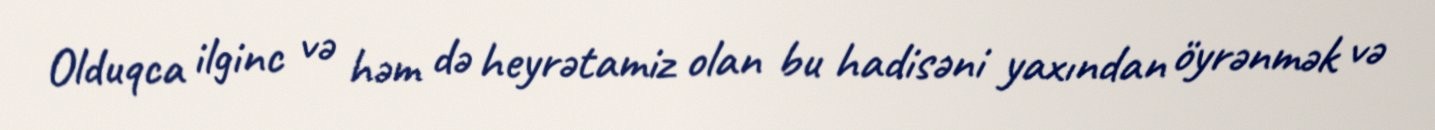
Olduqca ilginc və həm də heyrətamiz olan bu hadisəni yaxından öyrənmək və